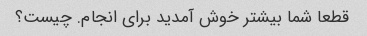
قطعا شما بیشتر خوش آمدید برای انجام. چیست؟